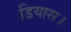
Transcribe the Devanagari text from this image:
डियास।